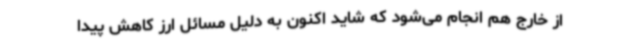
از خارج هم انجام می‌شود که شاید اکنون به دلیل مسائل ارز کاهش پیدا